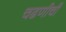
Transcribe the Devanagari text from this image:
चढणीची